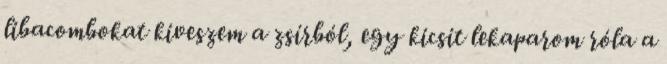
libacombokat kiveszem a zsírból, egy kicsit lekaparom róla a